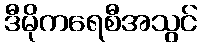
ဒီမိုကရေစီအသွင်